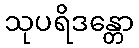
သုပရိဒန္တော